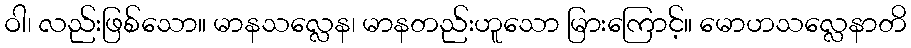
ဝါ၊ လည်းဖြစ်သော။ မာနသလ္လေန၊ မာနတည်းဟူသော မြားကြောင့်။ မောဟသလ္လေနာတိ